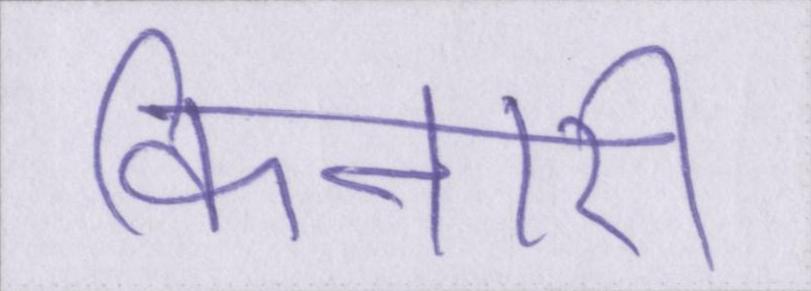
किनारी